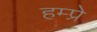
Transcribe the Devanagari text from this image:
हम्प्रे